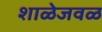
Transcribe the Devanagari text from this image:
शाळेजवळ